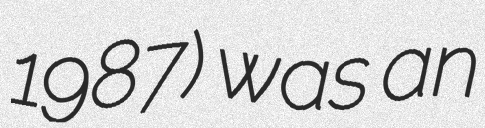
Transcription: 1987) was an